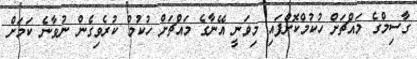
ގާސިމްގެ މައްޗަށް ހުކުމްކޮށްފައި މިވަނީ އޭނާގެ މައްޗަށް ހުކުމް ކުރެވިގެން ނުވާނެ ކަމަށް